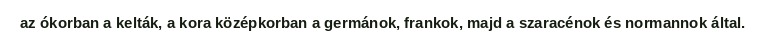
az ókorban a kelták, a kora középkorban a germánok, frankok, majd a szaracénok és normannok által.